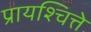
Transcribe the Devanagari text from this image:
प्रायश्चित्ते